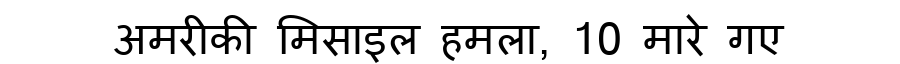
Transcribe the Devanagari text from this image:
अमरीकी मिसाइल हमला, 10 मारे गए